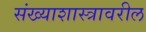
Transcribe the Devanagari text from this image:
संख्याशास्त्रावरील